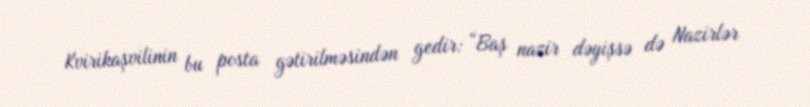
Kvirikaşvilinin bu posta gətirilməsindən gedir: “Baş nazir dəyişsə də Nazirlər